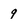
Character: 9